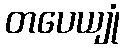
တပေယျုံ